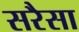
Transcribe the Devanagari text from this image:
सरैसा